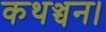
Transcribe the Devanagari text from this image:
कथञ्चन।